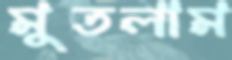
মুতলাম